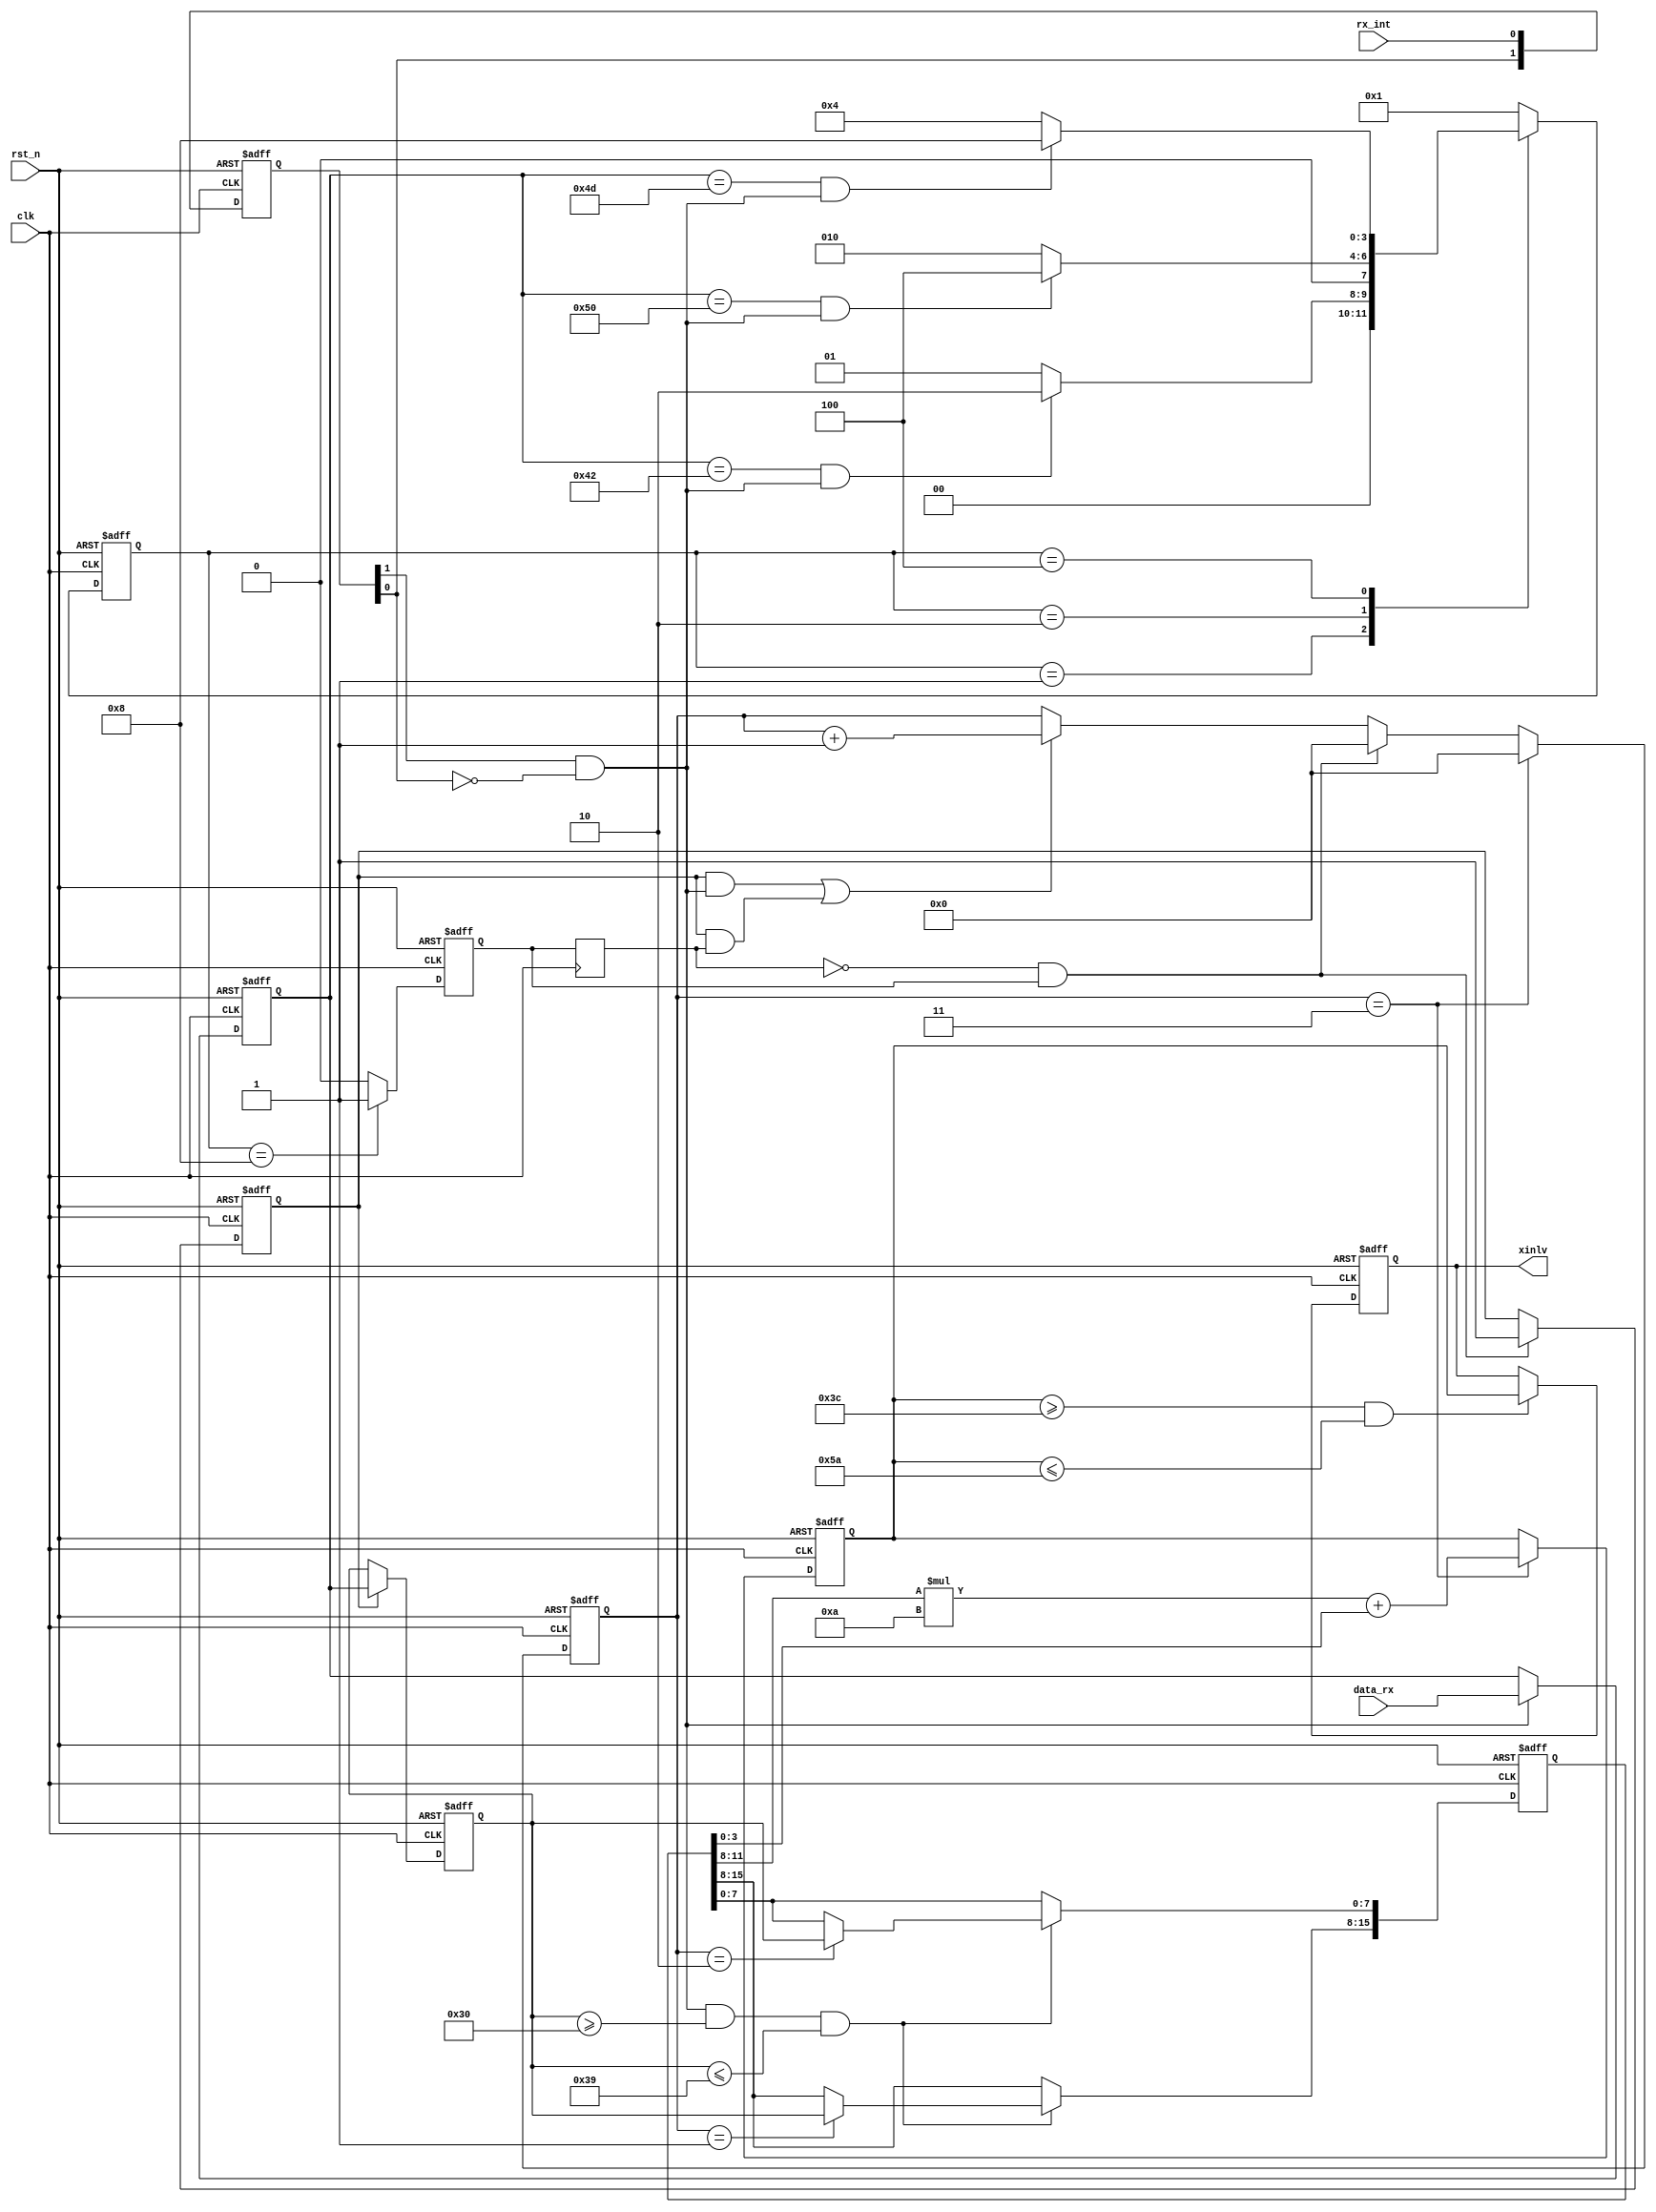
module xinlv_rx(
    input              			clk,
    input              			rst_n,
    input   	[7:0]      		data_rx,
	input						rx_int,//uart_rxuart_tx,uart_tx
		
	output	reg	[7:0]			xinlv//
);


//-------------------------------------------------------
//8	
	reg	[1:0]	rx_int_r;	
	always@(posedge	clk	or	negedge	rst_n)begin
		if(!rst_n)	begin
			rx_int_r[0]	<=	1'b0;
			rx_int_r[1]	<=	1'b0;
		end
		else	begin
			rx_int_r[0]	<=	rx_int;
			rx_int_r[1]	<=	rx_int_r[0];
		end
	end

	wire	nege_edge	= 	rx_int_r[1]	&	~rx_int_r[0];//


//---------------------------------------------------
	reg	[7:0]	data_rx_r;//data_rx	
//rx
	always@(posedge	clk	or	negedge	rst_n)begin
		if(!rst_n)	begin
			data_rx_r <= 8'd0;
		end
		else	if(nege_edge)begin
			data_rx_r <= data_rx;
		end
	end

////////////////////////////////////////////////////////////////////////////////////////////////////////////////////////////////////////////////////	
//					//
//	  	//
//	            	//
////////////////////////////////////////////////////////////////////////////////////////////////////////////////////////////////////////////////////

parameter length = 4; //

parameter [length-1 : 0]                         //one-hot code
                S_IDLE    = 11'b0001,
                S_State1  = 11'b0010,
                S_State2  = 11'b0100,
                S_State3  = 11'b1000;

reg [length-1 : 0] c_state;
reg [length-1 : 0] n_state;
//
always @(posedge clk or negedge rst_n) begin
    if (!rst_n) begin
        c_state <= S_IDLE; // reset        
    end
    else begin
        c_state <= n_state; //next state logic
    end
end

always @(*) begin   //state register
    case(c_state)
        S_IDLE   : 
          if (data_rx_r == 8'h42 && nege_edge)//B  
            n_state = S_State1;
          else 
            n_state = S_IDLE;
        S_State1 :
          if (data_rx_r == 8'h50 && nege_edge)//P
            n_state = S_State2;
          else 
            n_state = S_State1;
        S_State2 :
          if (data_rx_r == 8'h4d && nege_edge)//M
            n_state = S_State3;
          else  
            n_state = S_State2;
		S_State3 :
		  if (data_rx_r && nege_edge)
            n_state = S_IDLE;
          else 
            n_state = S_IDLE;			
        default :
            n_state = S_IDLE;
    endcase 
end

 
reg         detected_o;
//output logic
always @ (posedge clk or negedge rst_n) begin   
	if(!rst_n) begin
		detected_o <= 1'b0;
		end
	else if( c_state == S_State3) begin
		detected_o <= 1'b1;
		end
	else begin
		detected_o <= 1'b0;
		end
	end
	

///
	reg [5:0] num; //
	reg	start_reg;
	reg timeout;
always@(posedge clk)
   start_reg <= detected_o;

always@(posedge clk or negedge rst_n) begin
   if (!rst_n)
		timeout <= 0;
   else if(start_reg == 0 && detected_o ==1)//
		timeout <= 1;
   else
		timeout <= timeout;
	end



	reg	[7:0]	data_pickup_r;//data_rx	
//rx
	always@(posedge	clk or negedge rst_n)begin
		if(!rst_n)	begin
			data_pickup_r <= 8'd0;
		end
		else if(timeout) begin
			data_pickup_r <= data_rx_r;               //$GPRMC
		end
	end

	
//-------------------------------------------------------	
//
	always@(posedge	clk	or	negedge	rst_n)
	begin
		if(!rst_n)	
			num	<= 4'd0;
		else if(num == 3)
			num <= 0;
		else if( start_reg == 0 && detected_o ==1 )	
			num <= 0;
		else if( (timeout && nege_edge) || (timeout && start_reg))				
			num <= num + 1'b1;
		else	
			num <= num;
	end	
	
	
	reg		[15:0]		xinlv_ascii;
	
	always@(posedge	clk	or	negedge	rst_n)begin
		if(!rst_n)
			xinlv_ascii <= 16'b0000_0000_1111_1111;                                                       
		else if(nege_edge && data_pickup_r >= 8'h30 && data_pickup_r <= 8'h39)begin              
			case(num)
				4'd1:	xinlv_ascii[15:8] <= data_pickup_r;                     
				4'd2:	xinlv_ascii[7:0] <= data_pickup_r;
			default:;	
			endcase
		end
	end
	
	
	reg		[5:0]		cnt;
	//50
	always@(posedge	clk	or	negedge	rst_n)
		begin
			if(!rst_n)	
			cnt <= 6'b0;
			else if(num == 1)
			cnt <= 6'b0;
			else if(cnt == 51)
			cnt <= cnt;
			else if(num == 2)
			cnt <= cnt + 1;
			else
			cnt <= 6'b0;
		end
	
	wire	flag_distance;
	//
	assign	flag_distance = (cnt == 50)?1:0;
	
	reg		[7:0]			xinlv_10jinzhi;
	
	always@(posedge clk or negedge rst_n)begin
		if(!rst_n)
		xinlv_10jinzhi <= 8'b0;
		else if(num == 3)
		xinlv_10jinzhi <= xinlv_ascii[11:8]*10 + xinlv_ascii[3:0];
		else				
		xinlv_10jinzhi <= xinlv_10jinzhi;
	end	
		
	
	always@(posedge clk or negedge rst_n)begin
		if(!rst_n)
		xinlv <= 8'b0;
		else if( xinlv_10jinzhi >= 60 && xinlv_10jinzhi <= 90)
		xinlv <= xinlv_10jinzhi;
		else
		xinlv <= xinlv;		
		end
	
endmodule